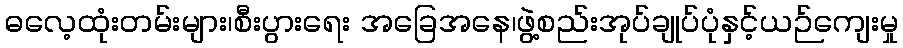
ဓလေ့ထုံးတမ်းများ၊စီးပွားရေး အခြေအနေ၊ဖွဲ့စည်းအုပ်ချုပ်ပုံနှင့်ယဉ်ကျေးမှု